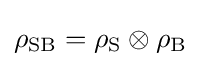
\rho _{\rm {SB}}=\rho _{\rm {S}}\otimes \rho _{\rm {B}}